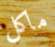
ماكل